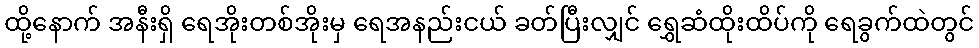
ထို့နောက် အနီးရှိ ရေအိုးတစ်အိုးမှ ရေအနည်းငယ် ခတ်ပြီးလျှင် ရွှေဆံထိုးထိပ်ကို ရေခွက်ထဲတွင်